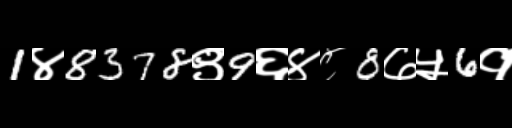
Text: 1४8378९9६४८8७५6१